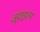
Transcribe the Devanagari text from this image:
जूदाइज़्म